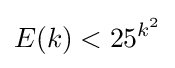
E(k)<25^{k^{2}}